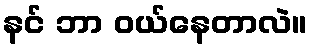
နင် ဘာ ဝယ်နေတာလဲ။